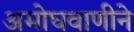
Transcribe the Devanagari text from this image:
अमोघवाणीने